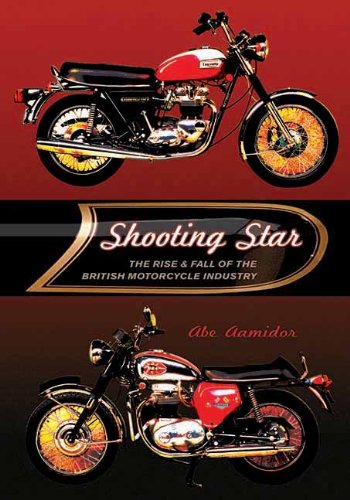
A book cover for Shooting Star: The Rise & Fall of the British Motorcycle Industry; Abe Aamidor; Business & Money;